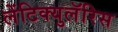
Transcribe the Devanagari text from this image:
लेंटिक्युलॅरिस